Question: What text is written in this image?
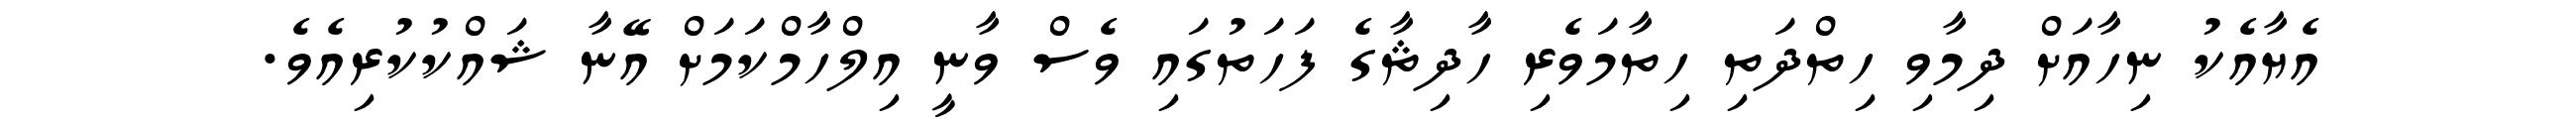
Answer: އެޔާއެކު ނިހާއަށް ދިމާވި ހިތްދަތި ހިތާމަވެރި ހާދިޘާގެ ފަހަތުގައި ވެސް ވާނީ އިލްހާމްކަމަށް އޭނާ ޝައްކުކުރިއެވެ.